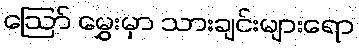
ဩော် မွှေးမှာ သားချင်းများရော